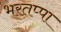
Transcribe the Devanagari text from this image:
भरतप्पा